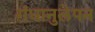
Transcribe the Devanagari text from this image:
गंधानुलेपन